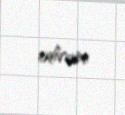
edirəm.